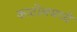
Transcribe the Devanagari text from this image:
काटोलमध्ये